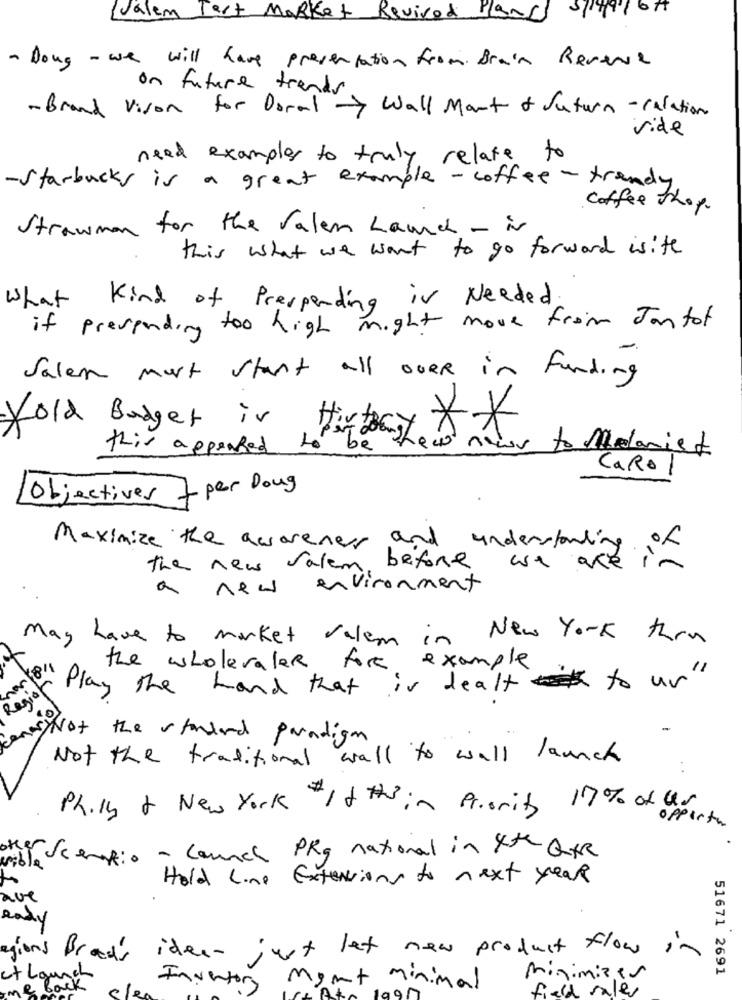
Valem Test Market Revived Blancs
- Dong - we will have presentation from Brain Reverse
on future trends
-Brand vison for Doral Wall Mont of Saturn - culation
vide
need examples to truly relate to
-Starbucks is a great example - coffee - trendy.
Coffee Shop.
Strawman for the Valen Land - is
this what we want to go forward isite
What Kind of Prespending is Needed.
if presponding too high might move from Jantot
Salem must start all over in Funding
this appended to
Hold Budget is Highest Antes to Milanist
Caro
Objectives 7 per Doug
Maximize the awareness and
understanding
The new valem, before we are im
a new environment
New York than
May have to market valem in
the wholevaler for example
of May the hand that is dealt to un"
Region
>>Not the standard paradigm
Not the traditional wall to wall launch
Phily & New York It this in Priority 17% of Us
opportu
the Scentio - couch PKg national in lite Qte
Hold Line Extensions to next year
ave
Rady
agions Brads iden- just let new product flow in
51671 2691
et Launch
minimizer
Back
Inventory
Mont Minimal
field sales
clea
99